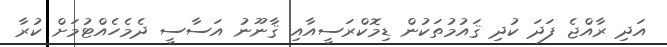
އަދި ރާއްޖެ ފަދަ ކުދި ޤައުމުތަކުން ޑިމޮކްރަސީއާއި ޤާނޫނު އަސާސީ ދެމެހެއްޓުމަށް ކުރާ